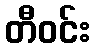
တီဝင်း